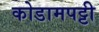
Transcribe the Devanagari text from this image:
कोडामपट्टी